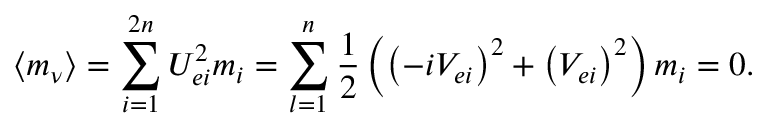
\left\langle m _ { \nu } \right\rangle = \sum _ { i = 1 } ^ { 2 n } U _ { e i } ^ { 2 } m _ { i } = \sum _ { l = 1 } ^ { n } \frac 1 2 \left( \left( - i V _ { e i } \right) ^ { 2 } + \left( V _ { e i } \right) ^ { 2 } \right) m _ { i } = 0 .